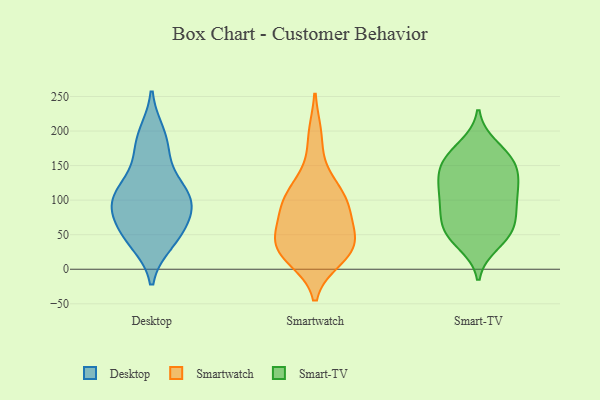
{"axis": {"x": "Customer Acquisition Cost (USD)", "y": "Value"}, "legend": ["Desktop", "Smart-TV", "Smartwatch"], "data": [{"x": "", "y": 105, "type": "Desktop"}, {"x": "", "y": 100, "type": "Desktop"}, {"x": "", "y": 54, "type": "Desktop"}, {"x": "", "y": 186, "type": "Desktop"}, {"x": "", "y": 82, "type": "Desktop"}, {"x": "", "y": 195, "type": "Desktop"}, {"x": "", "y": 106, "type": "Desktop"}, {"x": "", "y": 47, "type": "Desktop"}, {"x": "", "y": 164, "type": "Desktop"}, {"x": "", "y": 97, "type": "Desktop"}, {"x": "", "y": 128, "type": "Desktop"}, {"x": "", "y": 40, "type": "Desktop"}, {"x": "", "y": 54, "type": "Desktop"}, {"x": "", "y": 99, "type": "Desktop"}, {"x": "", "y": 96, "type": "Smartwatch"}, {"x": "", "y": 65, "type": "Smartwatch"}, {"x": "", "y": 132, "type": "Smartwatch"}, {"x": "", "y": 90, "type": "Smartwatch"}, {"x": "", "y": 108, "type": "Smartwatch"}, {"x": "", "y": 45, "type": "Smartwatch"}, {"x": "", "y": 36, "type": "Smartwatch"}, {"x": "", "y": 28, "type": "Smartwatch"}, {"x": "", "y": 38, "type": "Smartwatch"}, {"x": "", "y": 193, "type": "Smartwatch"}, {"x": "", "y": 16, "type": "Smartwatch"}, {"x": "", "y": 23, "type": "Smartwatch"}, {"x": "", "y": 94, "type": "Smartwatch"}, {"x": "", "y": 156, "type": "Smart-TV"}, {"x": "", "y": 37, "type": "Smart-TV"}, {"x": "", "y": 101, "type": "Smart-TV"}, {"x": "", "y": 103, "type": "Smart-TV"}, {"x": "", "y": 52, "type": "Smart-TV"}, {"x": "", "y": 48, "type": "Smart-TV"}, {"x": "", "y": 112, "type": "Smart-TV"}, {"x": "", "y": 58, "type": "Smart-TV"}, {"x": "", "y": 78, "type": "Smart-TV"}, {"x": "", "y": 138, "type": "Smart-TV"}, {"x": "", "y": 123, "type": "Smart-TV"}, {"x": "", "y": 121, "type": "Smart-TV"}, {"x": "", "y": 84, "type": "Smart-TV"}, {"x": "", "y": 78, "type": "Smart-TV"}, {"x": "", "y": 178, "type": "Smart-TV"}, {"x": "", "y": 170, "type": "Smart-TV"}, {"x": "", "y": 148, "type": "Smart-TV"}, {"x": "", "y": 161, "type": "Smart-TV"}, {"x": "", "y": 50, "type": "Smart-TV"}, {"x": "", "y": 144, "type": "Smart-TV"}]}